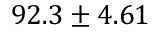
9 2 . 3 \pm 4 . 6 1